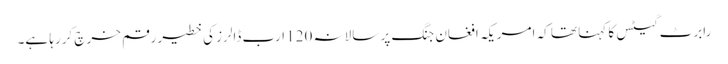
رابرٹ گیٹس کا کہنا تھا کہ امریکہ افغان جنگ پر سالانہ 120 ارب ڈالرز کی خطیر رقم خرچ کررہا ہے۔